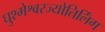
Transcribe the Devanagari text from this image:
घुश्मेश्वरज्योतिर्लिंग